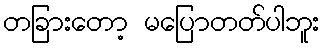
တခြားတော့ မပြောတတ်ပါဘူး